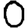
Digit: 0